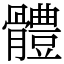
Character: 體